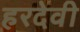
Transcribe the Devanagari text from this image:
हरदेवी